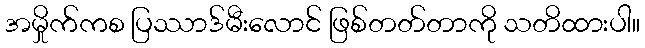
အမှိုက်ကစ ပြဿာဒ်မီးလောင် ဖြစ်တတ်တာကို သတိထားပါ။